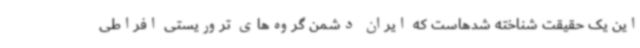
این یک حقیقت شناخته شدهاست که ایران دشمن گروه‌های تروریستی افراطی